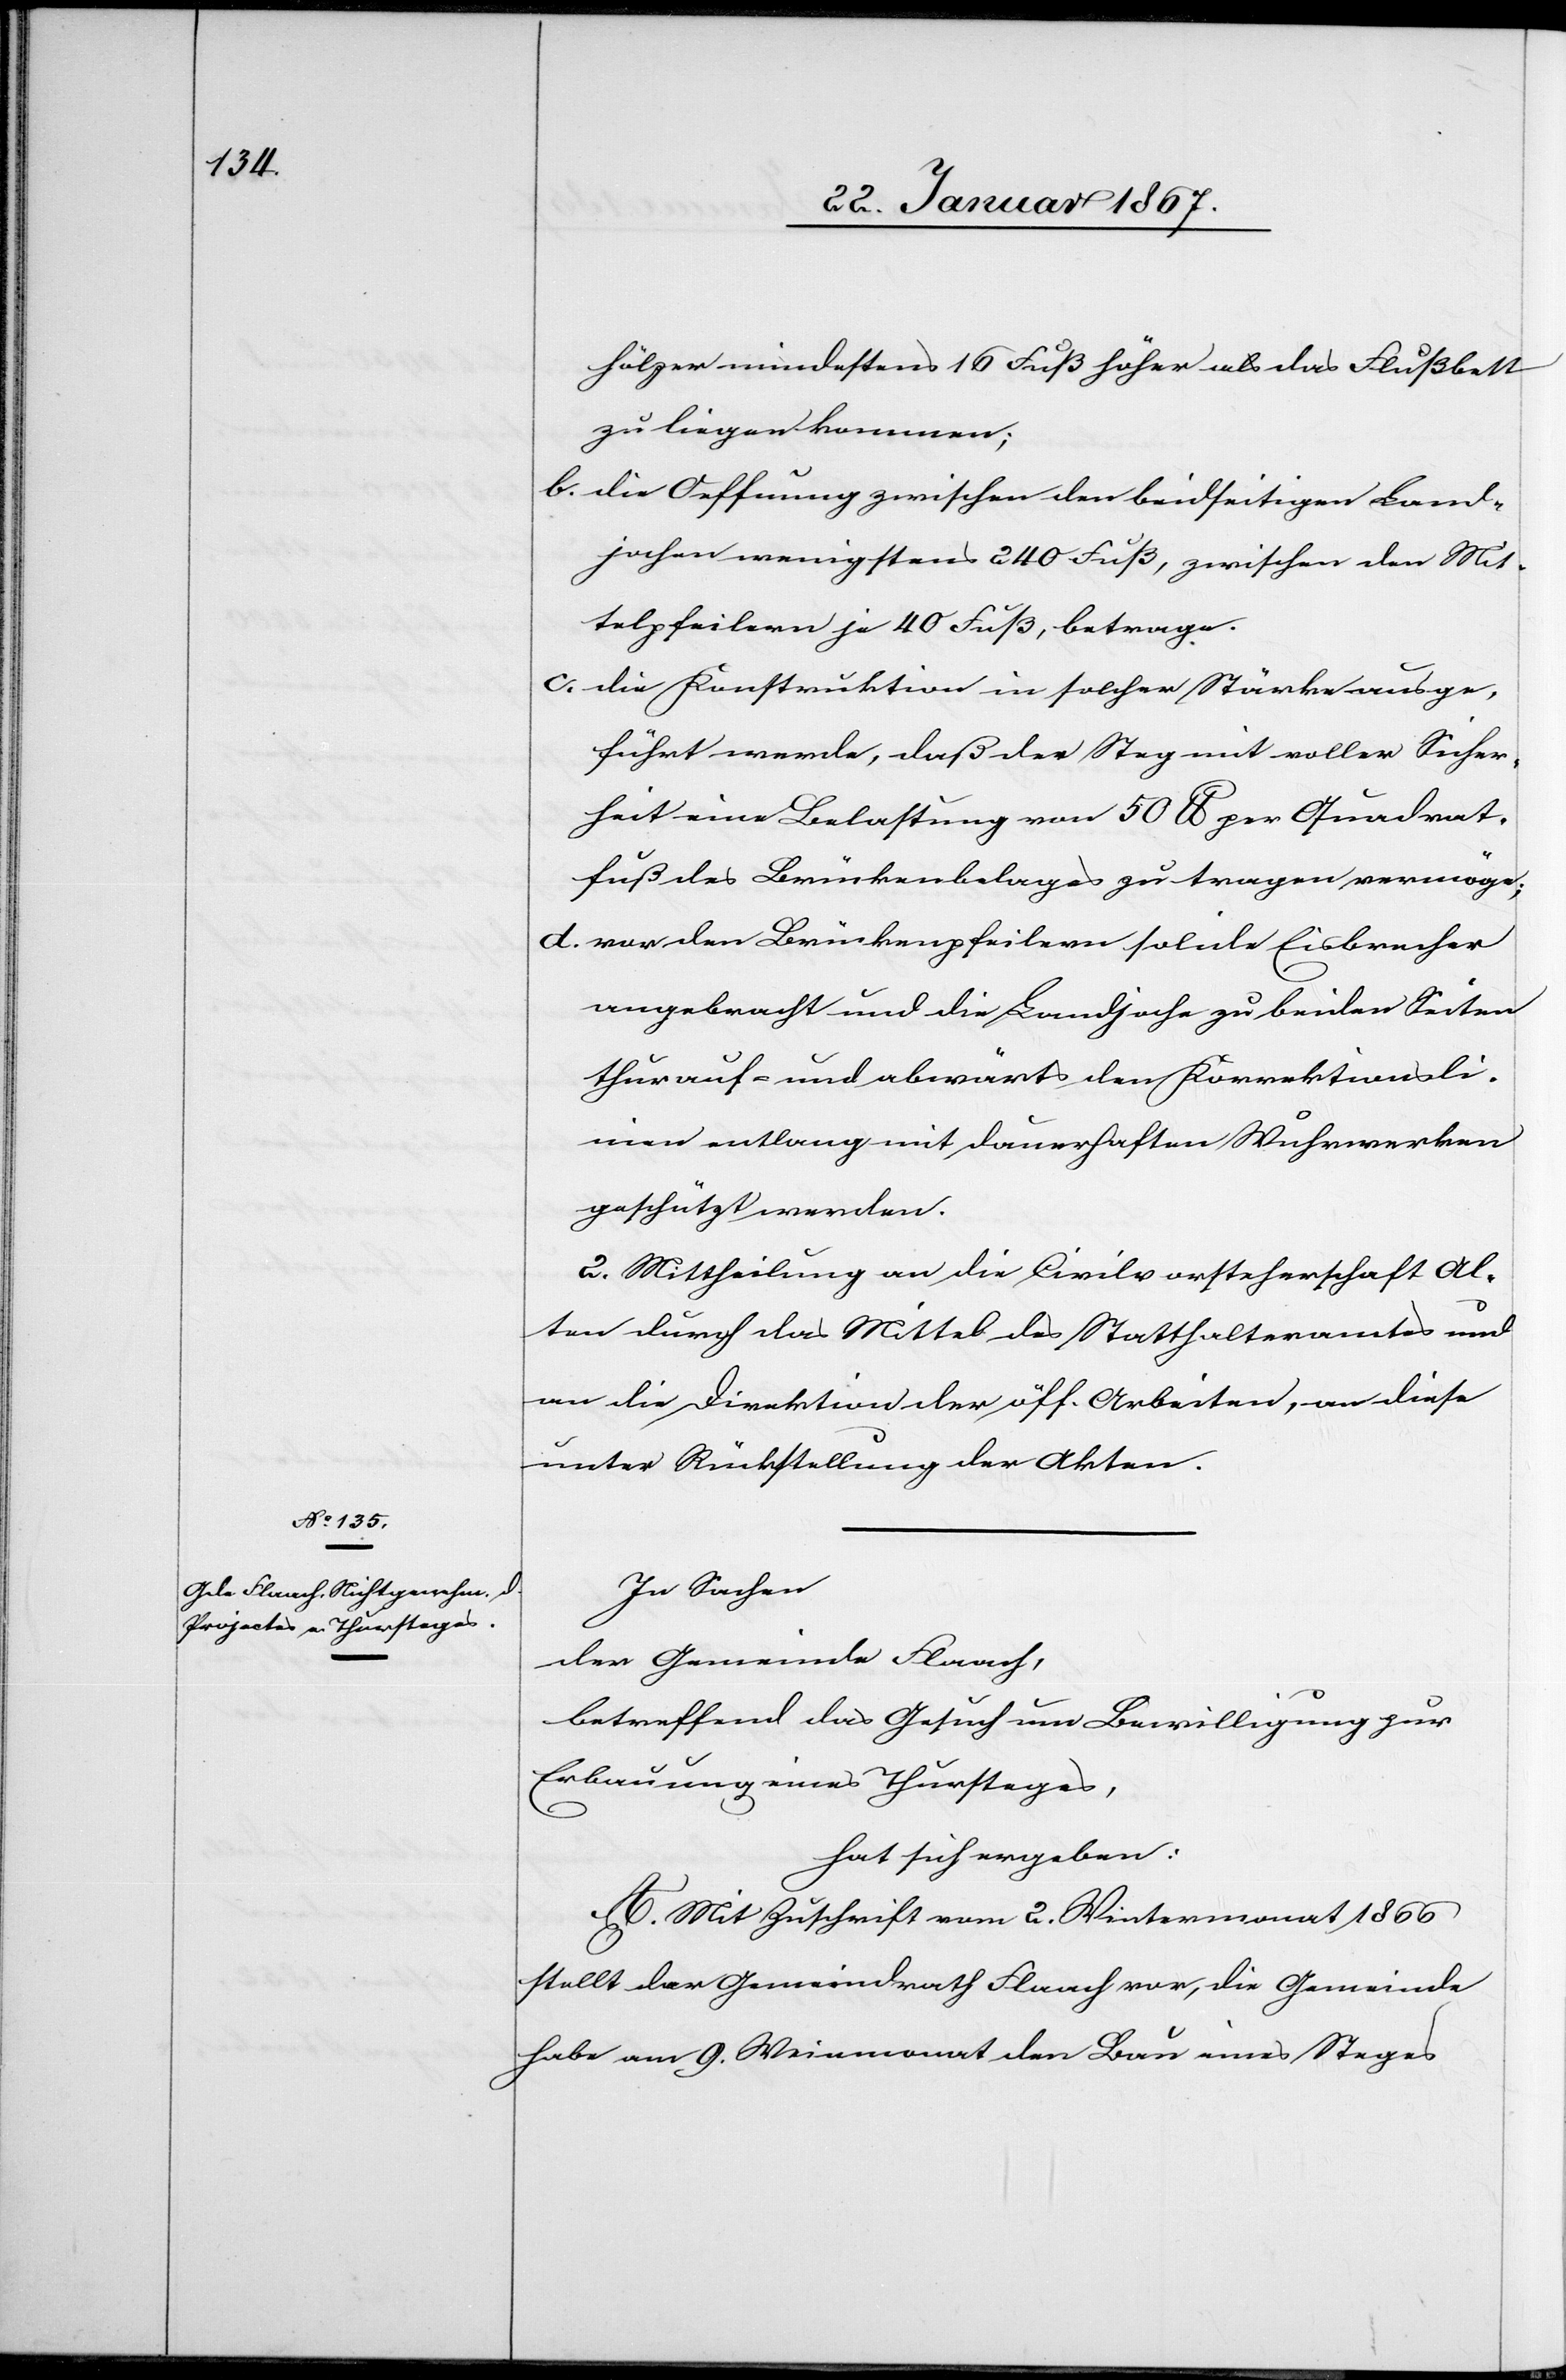
In Sachen
der Gemeinde Flaach,
betreffend das Gesuch um Bewilligung zur
Erbauung eines Thursteges,
hat sich ergeben:
A. Mit Zuschrift vom 2. Wintermonat 1866
stellt der Gemeindrath Flaach vor, die Gemeinde
habe am 9. Weinmonat den Bau eines Steges